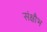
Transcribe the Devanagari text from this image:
संक्षौभ